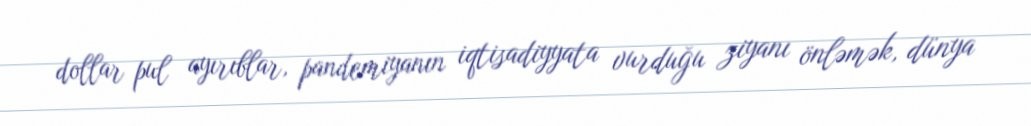
dollar pul ayırıblar, pandemiyanın iqtisadiyyata vurduğu ziyanı önləmək, dünya